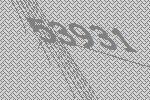
53931